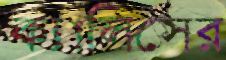
ক্যালিসের